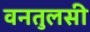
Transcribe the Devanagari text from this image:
वनतुलसी